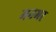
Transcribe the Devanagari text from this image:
मनभर